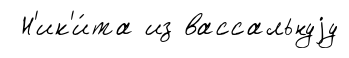
Н'ик'и́та из вассальнуjу